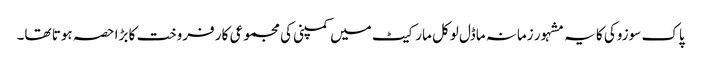
پاک سوزوکی کا یہ مشہور زمانہ ماڈل لوکل مارکیٹ میں کمپنی کی مجموعی کار فروخت کا بڑا حصہ ہوتا تھا۔